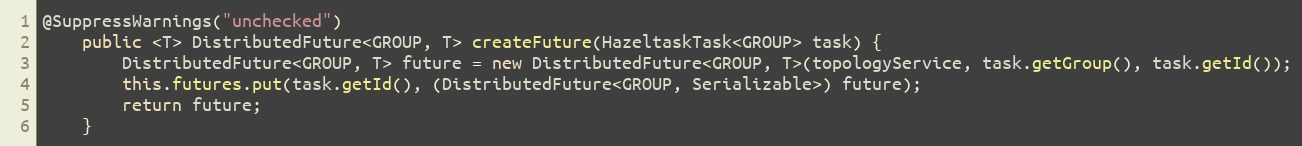
Language: Java
@SuppressWarnings("unchecked")
    public <T> DistributedFuture<GROUP, T> createFuture(HazeltaskTask<GROUP> task) {
        DistributedFuture<GROUP, T> future = new DistributedFuture<GROUP, T>(topologyService, task.getGroup(), task.getId());
        this.futures.put(task.getId(), (DistributedFuture<GROUP, Serializable>) future);
        return future;
    }